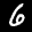
Label: 6